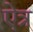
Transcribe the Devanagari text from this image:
ऐत्र